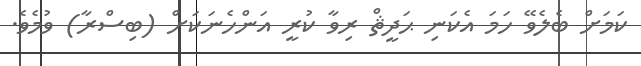
ކަމަށް ބެލެވޭ ހަމަ އެކަނި ޙަދީޘް ރިވާ ކުރީ އަންހެނަކަށް (ބިސްރާ) ވުމެވެ.